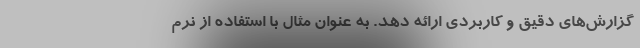
گزارش‌های دقیق و کاربردی ارائه دهد. به عنوان مثال با استفاده از نرم